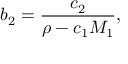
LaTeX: b _ { 2 } = { \frac { c _ { 2 } } { \rho - c _ { 1 } M _ { 1 } } } ,